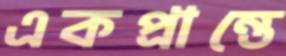
একপ্রান্তে